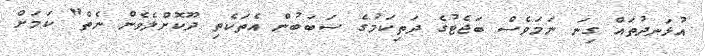
އުޅަނދުތައް ގިނަ ނަމަވެސް ބަޖެޓުގެ ދަތިކަމުގެ ސަަބަބުން އެތަކެތި ދޫކޮށްލެވެން ނެތް" ކަމަށް